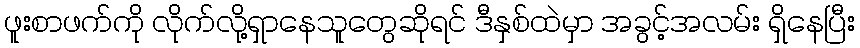
ဖူးစာဖက်ကို လိုက်လို့ရှာနေသူတွေဆိုရင် ဒီနှစ်ထဲမှာ အခွင့်အလမ်း ရှိနေပြီး